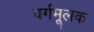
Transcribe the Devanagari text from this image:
वर्गमूलक